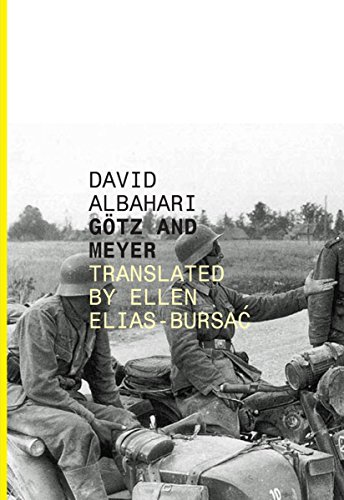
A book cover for GÃ¶tz and Meyer: G?tz and Meyer (Serbian Literature); David Albahari; Literature & Fiction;